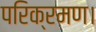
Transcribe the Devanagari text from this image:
परिक्रमण।